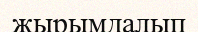
жырымдалып